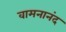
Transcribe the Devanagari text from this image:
वामनानंद